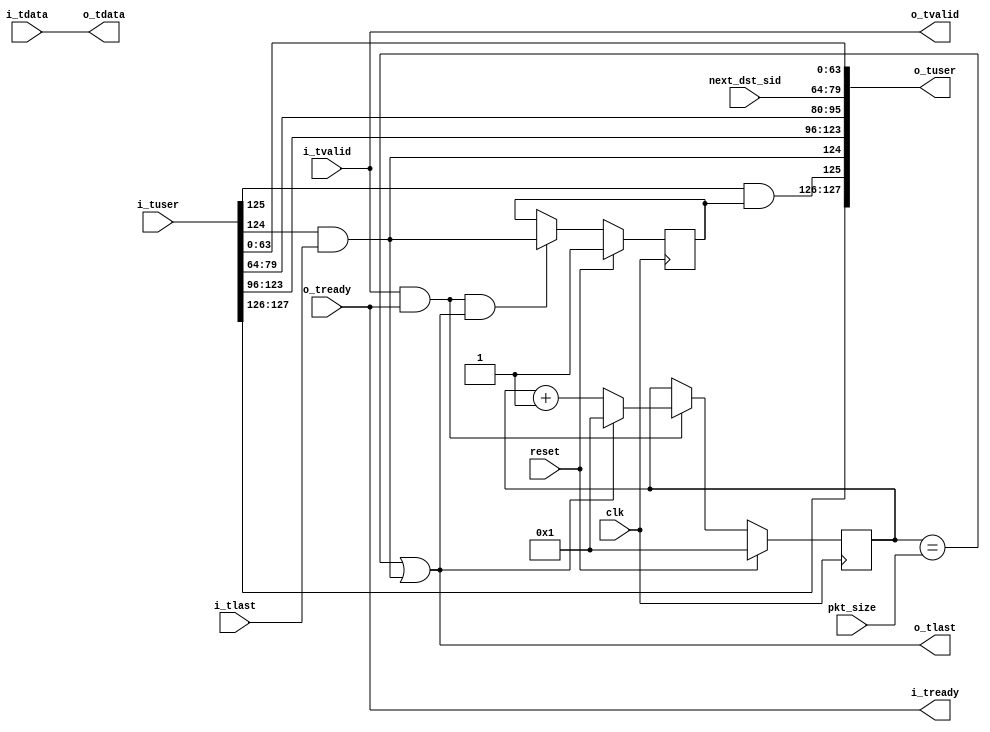
module packet_resizer_variable
   (input clk, input reset,
    input [15:0] next_dst_sid,
    input [15:0] pkt_size,
    input [31:0] i_tdata, input [127:0] i_tuser, input i_tlast, input i_tvalid, output i_tready,
    output [31:0] o_tdata, output [127:0] o_tuser, output o_tlast, output o_tvalid, input o_tready);

   reg [15:0]     count;
   reg            first_packet_in_burst = 1'b1;

   // Parse i_tuser
   wire [1:0]     TYPE_in = i_tuser[127:126];
   wire           TSI_in = i_tuser[125];
   wire           EOB_in = i_tuser[124];
   wire [11:0]    SEQ_in = i_tuser[123:112];
   wire [15:0]    LEN_in = i_tuser[111:96];
   wire [15:0]    SRC_in = i_tuser[95:80];
   wire [15:0]    DST_in = i_tuser[79:64];
   wire [63:0]    TIME_in = i_tuser[63:0];
   
   // Generate o_tuser
   wire [1:0]     TYPE_out = TYPE_in;
   wire           TSI_out = TSI_in & first_packet_in_burst;
   wire           EOB_out = EOB_in & i_tlast;
   wire [11:0]    SEQ_out = SEQ_in;     // Doesn't actually matter, it gets overwritten by chdr_framer
   wire [15:0]    LEN_out = LEN_in;     // Only the bottom 2 bits actually matter, rest gets overwritten
   wire [15:0]    SRC_out = DST_in;
   wire [15:0]    DST_out = next_dst_sid;
   wire [63:0]    TIME_out = TIME_in;

   // Pass nearly everything through unchanged
   assign o_tdata = i_tdata;
   assign o_tlast = (count == pkt_size) | EOB_out;   
   assign o_tuser = { TYPE_out, TSI_out, EOB_out, SEQ_out, LEN_out, SRC_out, DST_out, TIME_out };

   assign o_tvalid = i_tvalid;
   assign i_tready = o_tready;

   always @(posedge clk)
     if(reset)
       count <= 16'd1;
     else
       if(o_tvalid & o_tready)
         if(o_tlast)
           count <= 16'd1;
         else
           count <= count + 16'd1;

   always @(posedge clk)
     if(reset)
       first_packet_in_burst <= 1'b1;
     else
       if(o_tvalid & o_tready & o_tlast)
         first_packet_in_burst <= EOB_out;
   
endmodule